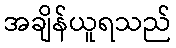
အချိန်ယူရသည်